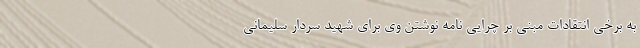
به برخی انتقادات مبنی بر چرایی نامه نوشتن وی برای شهید سردار سلیمانی